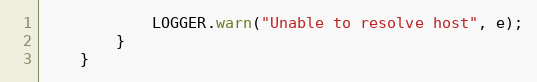
Language: Java
            LOGGER.warn("Unable to resolve host", e);
        }
    }